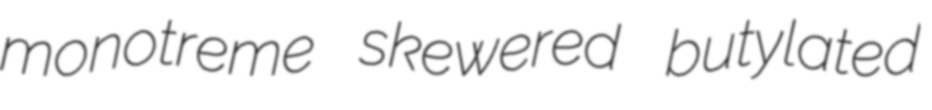
monotreme skewered butylated